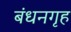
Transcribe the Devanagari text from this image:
बंधनगृह